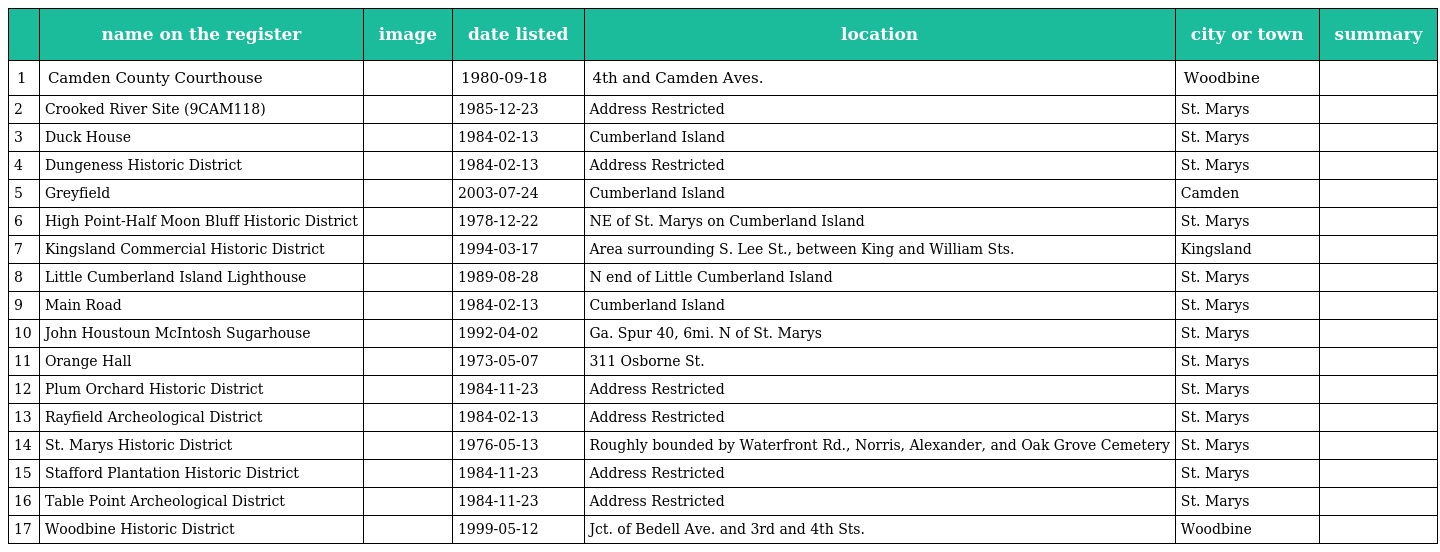
|  | name on the register | image | date listed | location | city or town | summary |
 | --- | --- | --- | --- | --- | --- | --- |
 | 1 | Camden County Courthouse |  | 1980-09-18 | 4th and Camden Aves. | Woodbine |  |
 | 2 | Crooked River Site (9CAM118) |  | 1985-12-23 | Address Restricted | St. Marys |  |
 | 3 | Duck House |  | 1984-02-13 | Cumberland Island | St. Marys |  |
 | 4 | Dungeness Historic District |  | 1984-02-13 | Address Restricted | St. Marys |  |
 | 5 | Greyfield |  | 2003-07-24 | Cumberland Island | Camden |  |
 | 6 | High Point-Half Moon Bluff Historic District |  | 1978-12-22 | NE of St. Marys on Cumberland Island | St. Marys |  |
 | 7 | Kingsland Commercial Historic District |  | 1994-03-17 | Area surrounding S. Lee St., between King and William Sts. | Kingsland |  |
 | 8 | Little Cumberland Island Lighthouse |  | 1989-08-28 | N end of Little Cumberland Island | St. Marys |  |
 | 9 | Main Road |  | 1984-02-13 | Cumberland Island | St. Marys |  |
 | 10 | John Houstoun McIntosh Sugarhouse |  | 1992-04-02 | Ga. Spur 40, 6mi. N of St. Marys | St. Marys |  |
 | 11 | Orange Hall |  | 1973-05-07 | 311 Osborne St. | St. Marys |  |
 | 12 | Plum Orchard Historic District |  | 1984-11-23 | Address Restricted | St. Marys |  |
 | 13 | Rayfield Archeological District |  | 1984-02-13 | Address Restricted | St. Marys |  |
 | 14 | St. Marys Historic District |  | 1976-05-13 | Roughly bounded by Waterfront Rd., Norris, Alexander, and Oak Grove Cemetery | St. Marys |  |
 | 15 | Stafford Plantation Historic District |  | 1984-11-23 | Address Restricted | St. Marys |  |
 | 16 | Table Point Archeological District |  | 1984-11-23 | Address Restricted | St. Marys |  |
 | 17 | Woodbine Historic District |  | 1999-05-12 | Jct. of Bedell Ave. and 3rd and 4th Sts. | Woodbine |  |